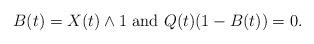
LaTeX: \begin{align*}B(t)=X(t)\wedge 1 \mbox{ and } Q(t)(1-B(t))=0.\end{align*}